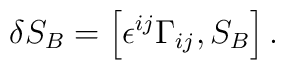
\delta S_B=\left[ \epsilon ^{ij}\Gamma _{ij},S_B\right] .